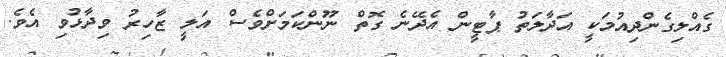
ގެއްލިގެންދިއުމަކީ އަދާލަތު ޕާޓީން އެދޭނެ ގޮތް ނޫންކަމަށްވެސް އަލީ ޒާހިރު ވިދާޅުވި އެވެ.